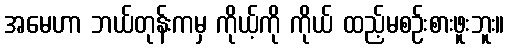
အမေဟာ ဘယ်တုန်းကမှ ကိုယ့်ကို ကိုယ် ထည့်မစဉ်းစားဖူးဘူး။